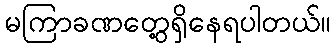
မကြာခဏတွေ့ရှိနေရပါတယ်။